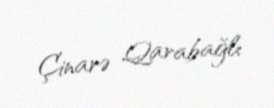
Çinarə Qarabağlı